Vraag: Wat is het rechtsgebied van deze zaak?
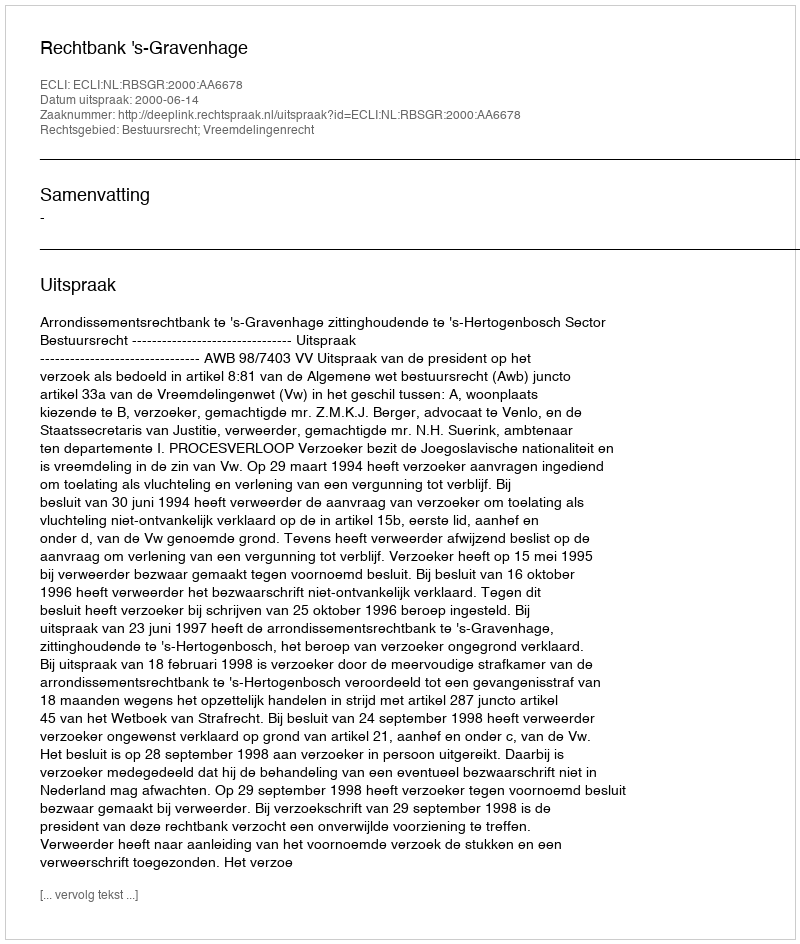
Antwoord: Bestuursrecht; Vreemdelingenrecht